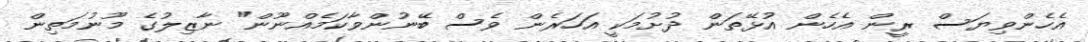
އެހެންވިޔަސް ރީން އެހެން އުޅޭތަން ދުށުމަކީ އަހަރެން ވެސް ބޭނުންވާކަމެއްނޫން" ނާޒިލުގެ މޫނުމަތިން